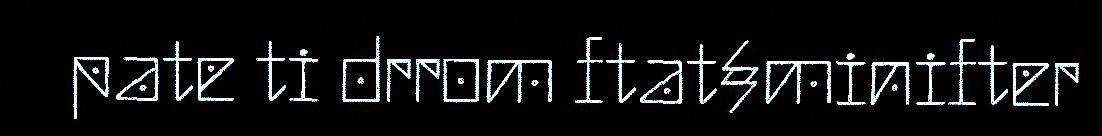
pate ti drrom ftat§minifter